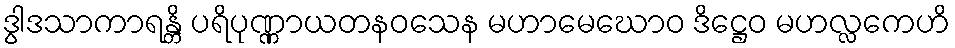
ဒွါဒသာကာရန္တိ ပရိပုဏ္ဏာယတနဝသေန မဟာမေဃောဝ ဒိဋ္ဌေဝ မဟလ္လကေဟိ